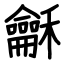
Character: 龢